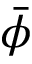
\bar { \phi }